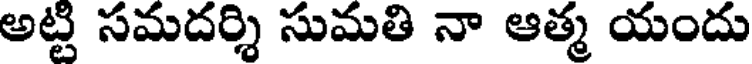
అట్టి సమదర్శి సుమతి నా ఆత్మ యందు